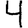
Digit: 4